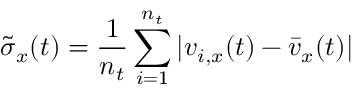
\tilde { \sigma } _ { x } ( t ) = \frac { 1 } { n _ { t } } \sum _ { i = 1 } ^ { n _ { t } } | v _ { i , x } ( t ) - \bar { v } _ { x } ( t ) |